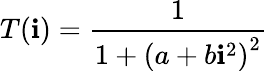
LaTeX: T(\mathbf{i})=\frac{{1}}{{1+\left(a+b\mathbf{i}^{2}\right)^{2}}}